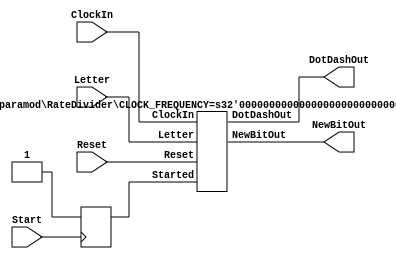
module part3
  #(parameter CLOCK_FREQUENCY=4)(
input wire ClockIn,
input wire Reset,
input wire Start,
input wire [2:0] Letter,
output wire DotDashOut,
output wire NewBitOut
);

  reg Started = 0;
  always@(posedge Start) begin
    Started <= 1;
  end

  RateDivider #(.CLOCK_FREQUENCY(CLOCK_FREQUENCY)) RDInst(.ClockIn(ClockIn), .Reset(Reset), .Letter(Letter), .Started(Started), .NewBitOut(NewBitOut), .DotDashOut(DotDashOut));

endmodule

  module RateDivider #(parameter CLOCK_FREQUENCY=4)(
    input ClockIn,
    input Reset,
    input [2:0] Letter,
    input Started,
    output reg NewBitOut,
    output reg DotDashOut
  );

  reg [11:0] Bletter;
  reg [3:0] Pointer = 0;
  reg [$clog2(CLOCK_FREQUENCY):0] Q;
  reg WireS = 0;

  always @(posedge ClockIn) begin
    if (Reset) 
      WireS <= 0;
    else
      WireS <= Started;
  end

  always @(posedge ClockIn) begin
    if (WireS) begin
      case (Letter) 
        3'b000: Bletter <= 12'b101110000000;
        3'b001: Bletter <= 12'b111010101000;
        3'b010: Bletter <= 12'b111010111010;
        3'b011: Bletter <= 12'b111010100000;
        3'b100: Bletter <= 12'b100000000000;
        3'b101: Bletter <= 12'b101011101000;
        3'b110: Bletter <= 12'b111011101000;
        3'b111: Bletter <= 12'b101010100000;
        default: Bletter <= 12'b0;
      endcase
      Q <= CLOCK_FREQUENCY/2;
      WireS <= 0;
    end

    if (Reset) begin
      Q <= (CLOCK_FREQUENCY/2)-1;
      Pointer <= 0;
      NewBitOut <= 0; 
    end
    else if (Q==0) begin
      NewBitOut <= 1; 
      Q <= (CLOCK_FREQUENCY/2)-1;
      if (Pointer < 8) begin
        DotDashOut <= Bletter[Pointer];
        Pointer <= Pointer + 1'b1;
      end
      else
        DotDashOut <= 1'b0; //Same morse code sequeence but now we have finished
    end
    else begin
      Q <= Q - 1'b1;
      NewBitOut <= 0; 
    end
  end

endmodule